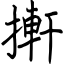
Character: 搟